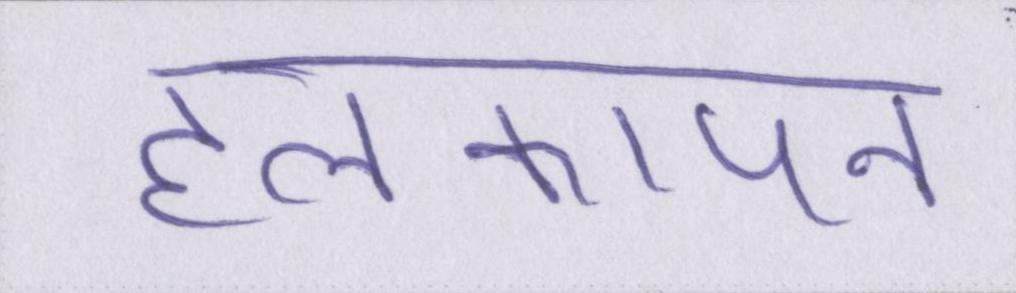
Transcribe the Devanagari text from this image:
हलकापन